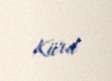
Kürd